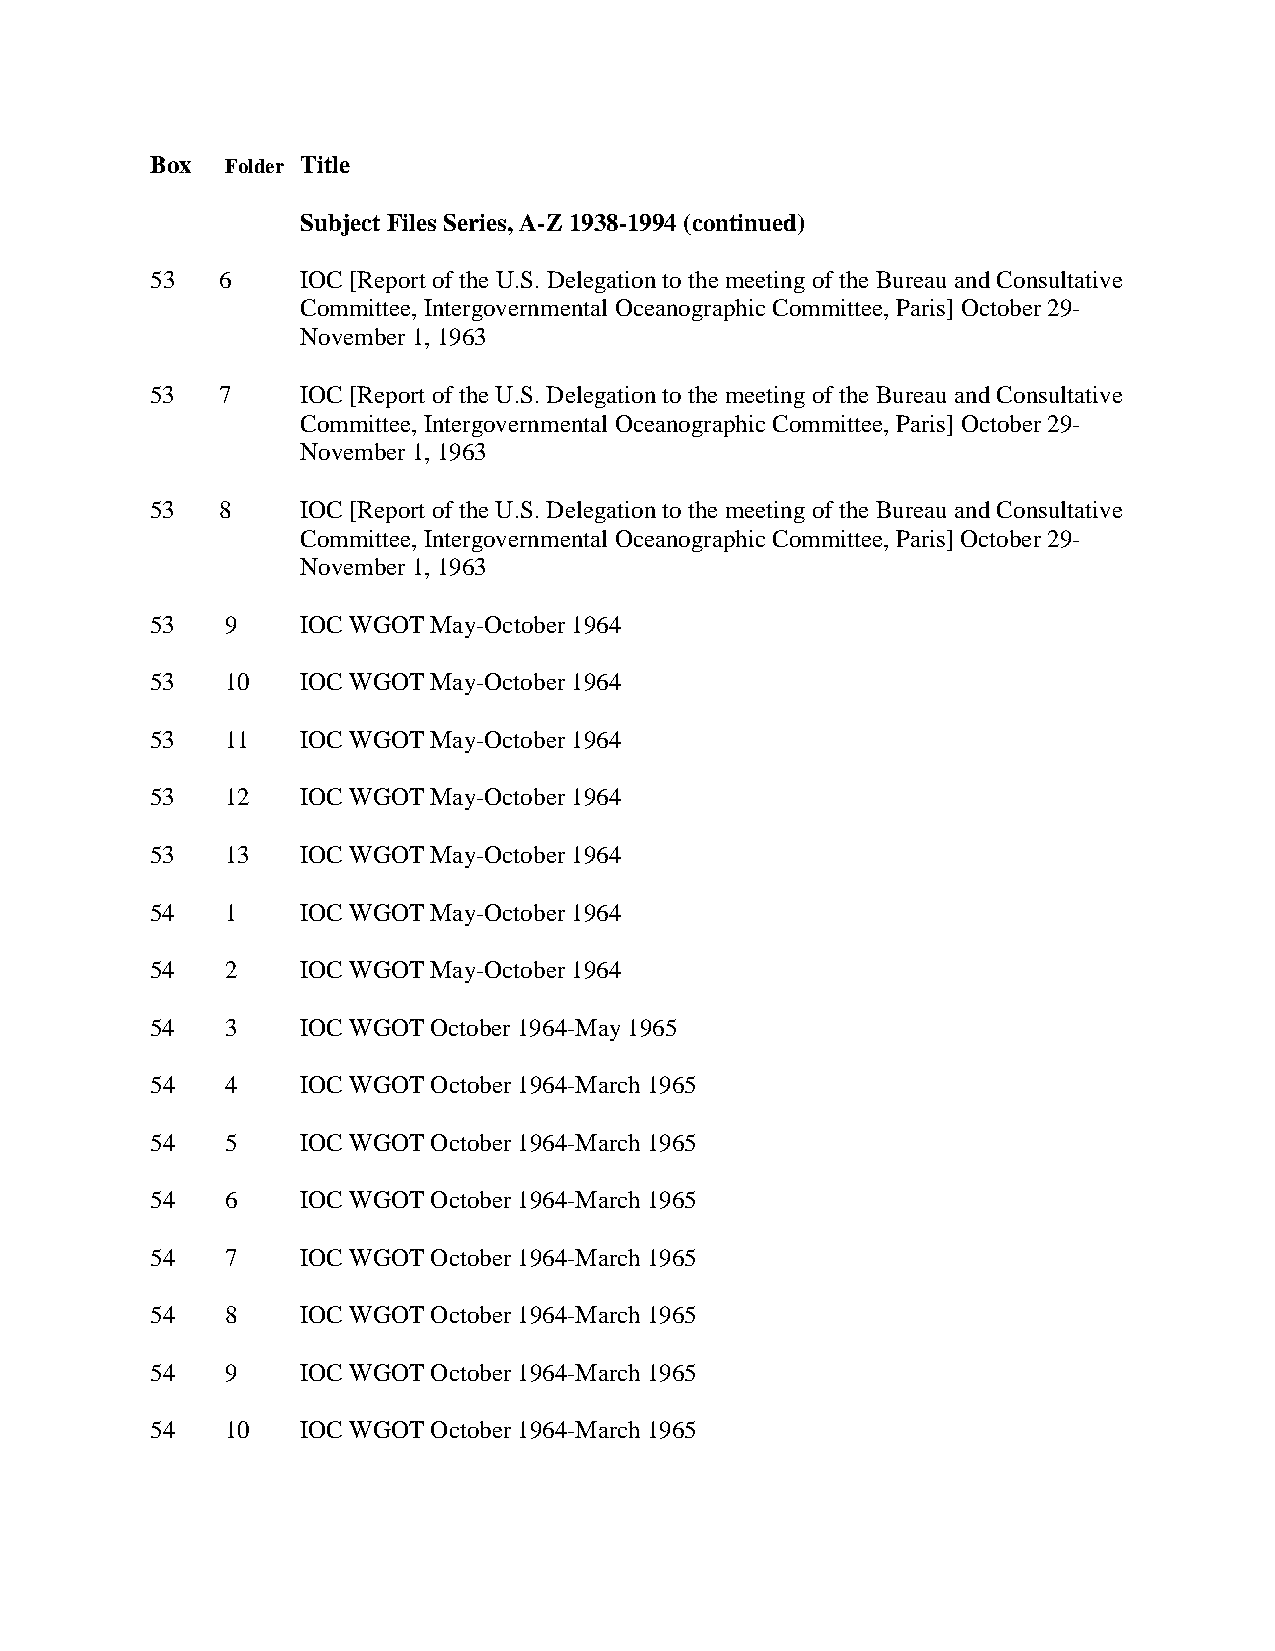
Box  Folder Title
 Subject Files Series, A-Z 1938-1994 (continued)
 53  6     IOC [Report of the U.S. Delegation to the meeting of the Bureau and Consultative
 Committee, Intergovernmental Oceanographic Committee, Paris] October 29-
 November 1, 1963
 53  7     IOC [Report of the U.S. Delegation to the meeting of the Bureau and Consultative
 Committee, Intergovernmental Oceanographic Committee, Paris] October 29-
 November 1, 1963
 53  8     IOC [Report of the U.S. Delegation to the meeting of the Bureau and Consultative
 Committee, Intergovernmental Oceanographic Committee, Paris] October 29-
 November 1, 1963
 53   9    IOC WGOT May-October 1964
 53   10   IOC WGOT May-October 1964
 53   11   IOC WGOT May-October 1964
 53   12   IOC WGOT May-October 1964
 53   13   IOC WGOT May-October 1964
 54   1    IOC WGOT May-October 1964
 54   2    IOC WGOT May-October 1964
 54   3    IOC WGOT October 1964-May 1965
 54   4    IOC WGOT October 1964-March 1965
 54   5    IOC WGOT October 1964-March 1965
 54   6    IOC WGOT October 1964-March 1965
 54   7    IOC WGOT October 1964-March 1965
 54   8    IOC WGOT October 1964-March 1965
 54   9    IOC WGOT October 1964-March 1965
 54   10   IOC WGOT October 1964-March 1965